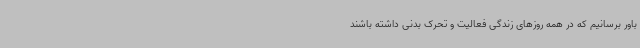
باور برسانیم که در همه روزهای زندگی فعالیت و تحرک بدنی داشته باشند